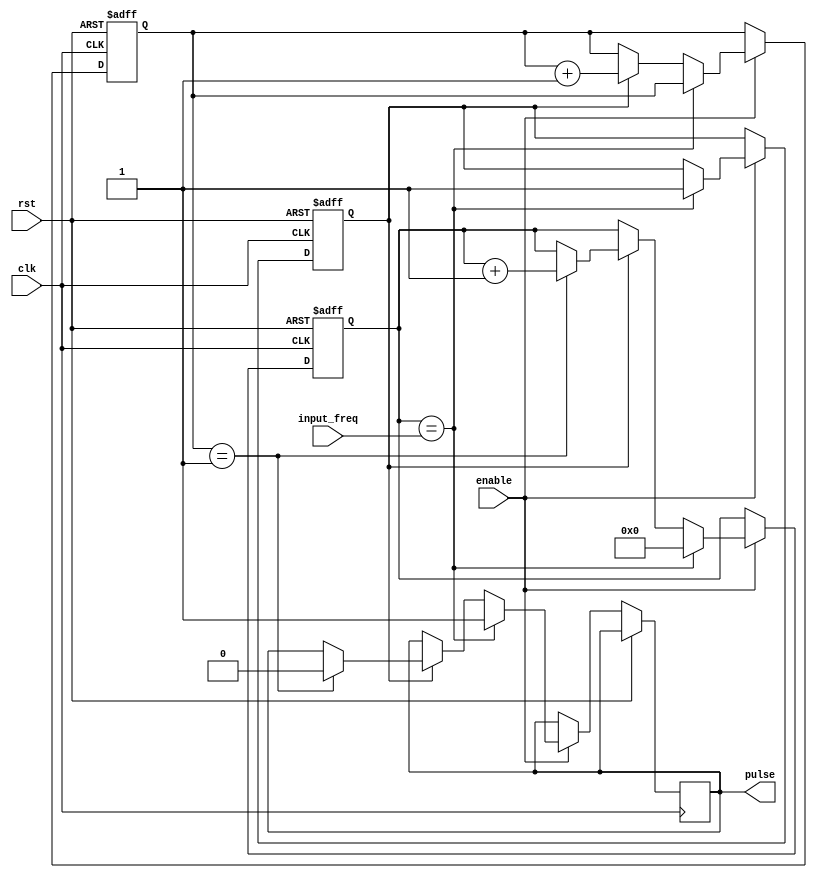
module variable_frequency_pulse_generator (
    input wire clk,
    input wire rst,
    input wire enable,
    input wire [31:0] input_freq,
    output reg pulse
);

reg [31:0] counter;
reg [31:0] divider;
reg sync;

always @(posedge clk or posedge rst) begin
    if (rst) begin
        counter <= 0;
        divider <= 0;
        sync <= 0;
    end else begin
        if (enable) begin
            if (counter == input_freq) begin
                pulse <= 1;
                sync <= 1;
                counter <= 0;
            end else begin
                if (sync) begin
                    divider <= divider + 1;
                    if (divider == 1'b1) begin
                        pulse <= 0;
                        counter <= counter + 1;
                    end
                end
            end
        end
    end
end

endmodule